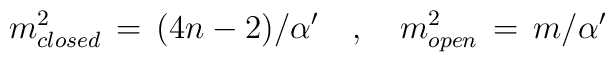
m_{closed}^2\,=\,(4n-2)/{\alpha'}\,\,\,\,\,\,,\,\,\,\,\,\,m_{open}^2\,=\,m/{\alpha'}